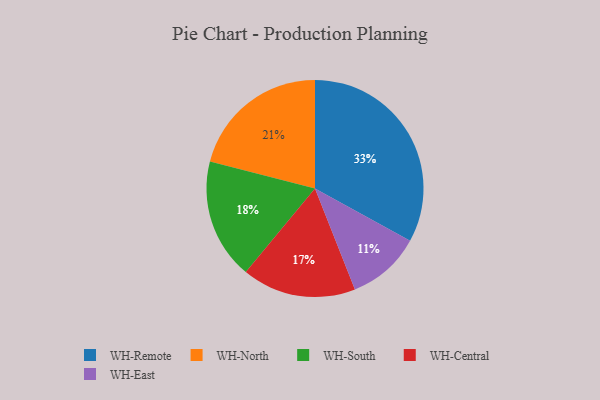
{"axis": {"x": "Category", "y": "Percentage"}, "legend": ["WH-Central", "WH-East", "WH-North", "WH-Remote", "WH-South"], "data": [{"x": "WH-North", "y": 21, "type": "WH-North"}, {"x": "WH-East", "y": 11, "type": "WH-East"}, {"x": "WH-Remote", "y": 33, "type": "WH-Remote"}, {"x": "WH-Central", "y": 17, "type": "WH-Central"}, {"x": "WH-South", "y": 18, "type": "WH-South"}]}